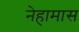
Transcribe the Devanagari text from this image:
नेहामास